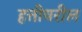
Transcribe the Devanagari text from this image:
हत्तीवरील